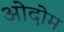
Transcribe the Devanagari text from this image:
ओदोम